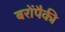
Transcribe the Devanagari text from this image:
बरोंपैकी